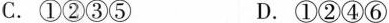
C.①②③⑤ D.①②④⑥